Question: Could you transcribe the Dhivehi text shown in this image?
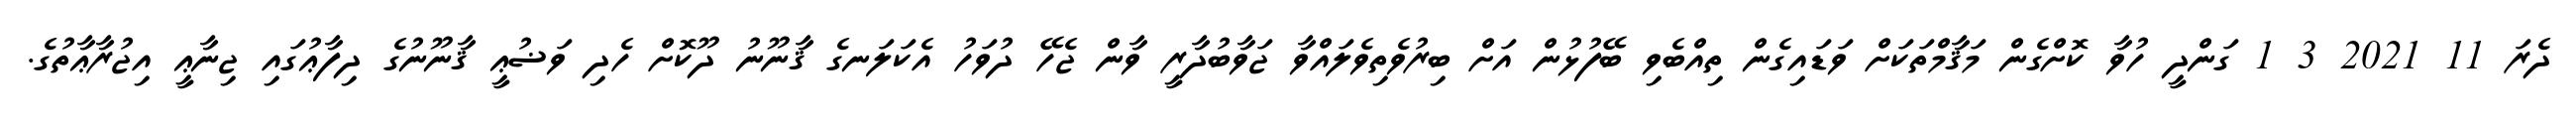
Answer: ދެރަ 11 2021 3 1 ގަންދީ ހުވާ ކޮށްގެން މަޤާމްތަކަށް ވަޑައިގެން ތިއްބެވި ބޭފުޅުން އަށް ބިރުވެތިވެލައްވާ ޖަވާބުދާރީ ވާން ޖެހޭ ދުވަހު އެކަލަނގެ ޤާނޫނު ދޫކޮށް ހެދި ވަޟުޢީ ޤާނޫނުގެ ދިފާޢުގައި ޖިނާޢީ އިޖުރާޢާތުގެ.